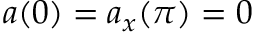
a ( 0 ) = a _ { x } ( \pi ) = 0